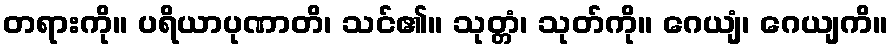
တရားကို။ ပရိယာပုဏာတိ၊ သင်၏။ သုတ္တံ၊ သုတ်ကို။ ဂေယျံ၊ ဂေယျကိ။